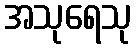
အသုရေသု